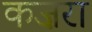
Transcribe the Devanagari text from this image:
कज़रा